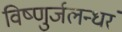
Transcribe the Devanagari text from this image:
विष्णुर्जलन्धरं